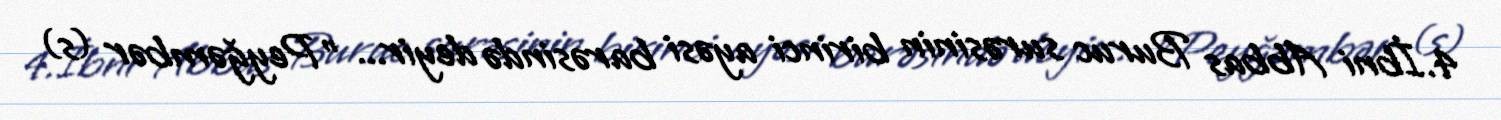
4.İbni Abbas Buruc surəsinin birinci ayəsi barəsində deyir... "Peyğəmbər (s)